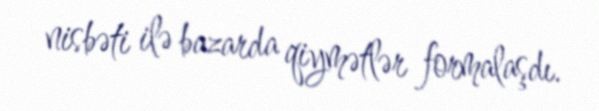
nisbəti ilə bazarda qiymətlər formalaşdı.